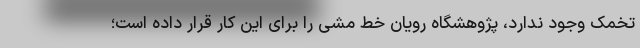
تخمک وجود ندارد، پژوهشگاه رویان خط مشی را برای این کار قرار داده است؛